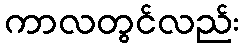
ကာလတွင်လည်း